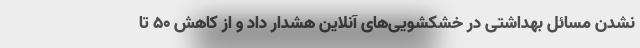
نشدن مسائل بهداشتی در خشکشویی‌های آنلاین هشدار داد و از کاهش ۵۰ تا